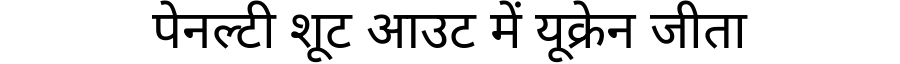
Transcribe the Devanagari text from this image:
पेनल्टी शूट आउट में यूक्रेन जीता